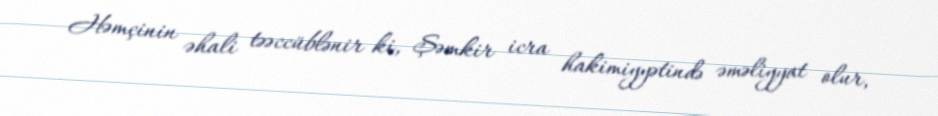
Həmçinin əhali təəccüblənir ki, Şəmkir icra hakimiyyətində əməliyyat olur,